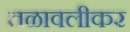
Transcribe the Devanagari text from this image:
तळावलीकर